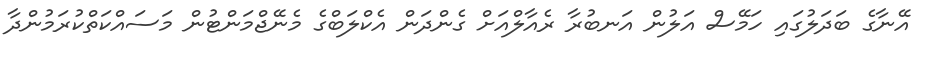
އޭނާގެ ބަދަލުގައި ހަމޭސް އަލުން އަނބުރާ ރެއާލްއަށް ގެންދަން އެކްލަބްގެ މެނޭޖްމަންޓުން މަސައްކަތްކުރަމުންދާ